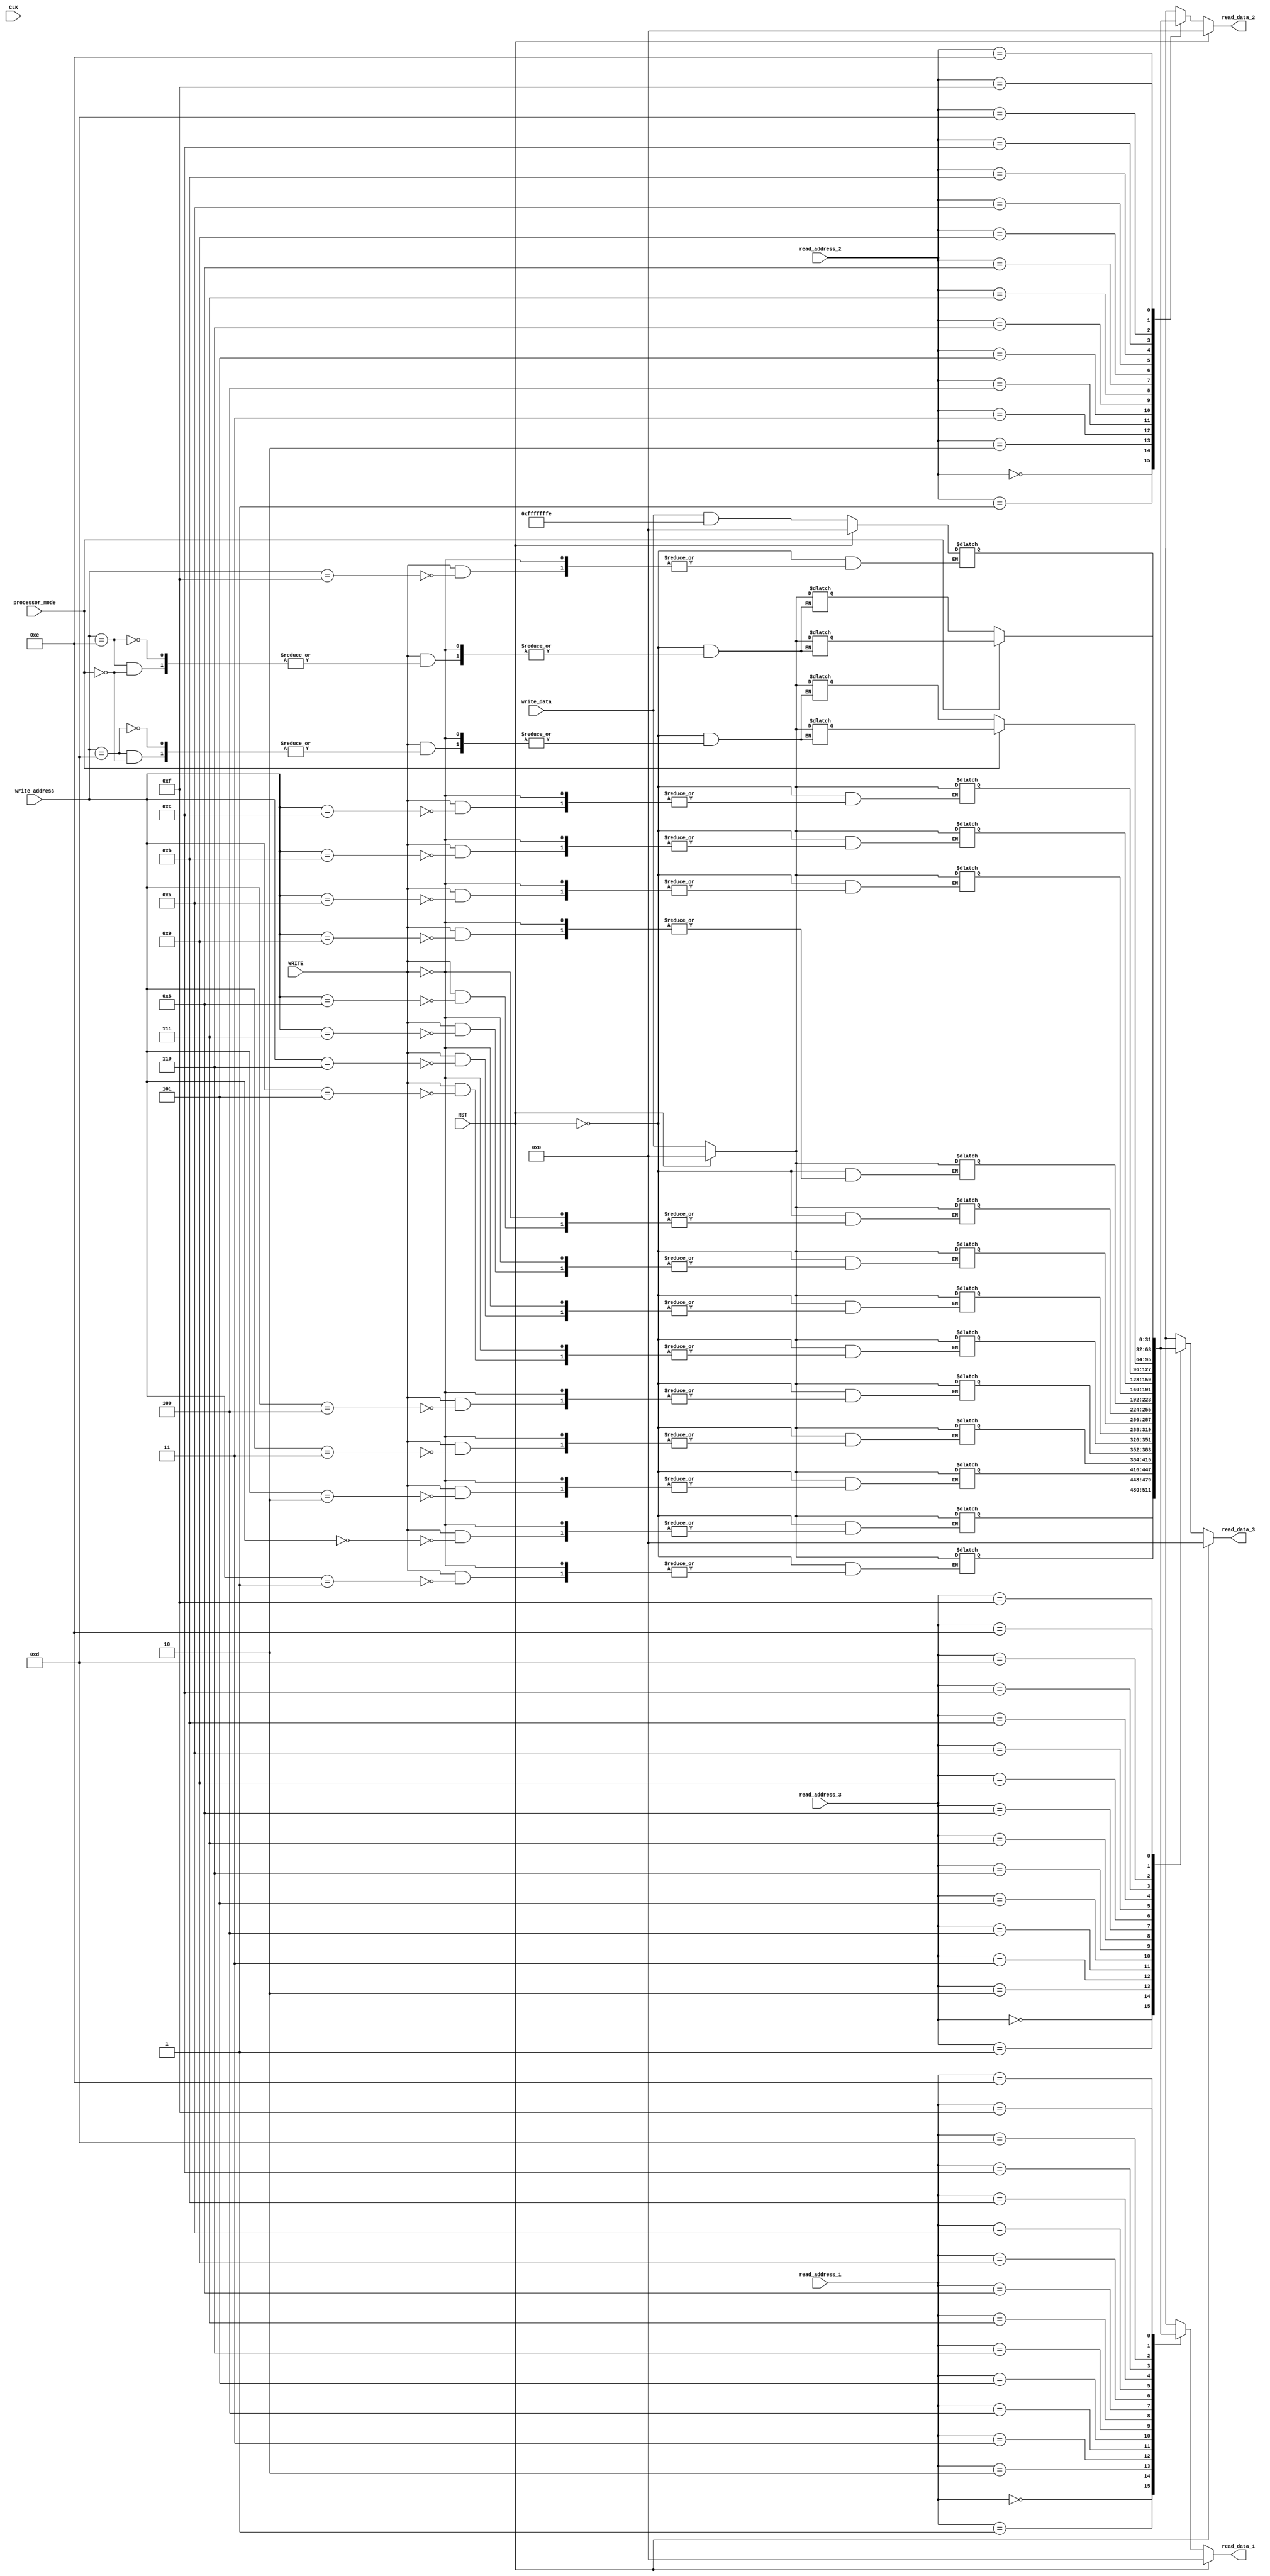
`timescale 1ns / 1ps
module register_file(
	input  CLK,			           // CLOCK
	input  RST,			           // SYSTEM RESET
	input  WRITE,			       // Write Enable Signal
	input  processor_mode,		   // Determines Processor's mode ( User or Supervisor )
	input  [3:0]  read_address_1,  // First Read Port
	input  [3:0]  read_address_2,  // Second Read Port
	input  [3:0]  read_address_3,  // Third Read Port
	input  [3:0]  write_address,   // Write port
	input  [31:0] write_data,	   // Write data
	output reg [31:0] read_data_1, // Data from read_1
	output reg [31:0] read_data_2, // Data from read_2
	output reg [31:0] read_data_3  // Data from read_3
	);
	localparam S0 = 4'h0,
	           S1 = 4'h1,
	           S2 = 4'h2,
	           S3 = 4'h3,
	           S4 = 4'h4,
	           S5 = 4'h5,
	           S6 = 4'h6,
	           S7 = 4'h7,
	           S8 = 4'h8,
	           S9 = 4'h9,
	           S10= 4'ha,
	           S11= 4'hb,
	           S12= 4'hc,
	           S13= 4'hd,
	           S14= 4'he,
	           S15= 4'hf;
// ====================================================================================
// 				Parameters, Register, and Wires
// ====================================================================================
	reg [31:0] unbanked_registers_0;	// The physical register refered to each of them is the same
	reg [31:0] unbanked_registers_1;	// in all processor modes.
	reg [31:0] unbanked_registers_2;
	reg [31:0] unbanked_registers_3;
	reg [31:0] unbanked_registers_4;
	reg [31:0] unbanked_registers_5;
	reg [31:0] unbanked_registers_6;
	reg [31:0] unbanked_registers_7;

	reg [31:0] banked_registers_0;		// The physical register refered to each of them depends
	reg [31:0] banked_registers_1;		// on the current processor mode. But we support only User and Supervisor
	reg [31:0] banked_registers_2;		// mode so this registers are the same for both modes.
	reg [31:0] banked_registers_3;
	reg [31:0] banked_registers_4;

	reg [31:0] R13;				// Register 13 for the User mode
	reg [31:0] R14;				// Register 14 for the User mode
	reg [31:0] R13_svc;			// Register 13 for the Supervisor mode
	reg [31:0] R14_svc;			// Register 14 for the Supervisor mode
	reg [31:0] PC;				// The program counter
//  ===================================================================================
// 					Implementation
//  ===================================================================================
	//-----------------------------------------------------------
	//	READ FIRST ADDRESS IN THE SECOND HALF OF THE PULSE
	//-----------------------------------------------------------
    always @ ( * ) begin
        if( RST )
            read_data_1 = 32'b0;
        else begin
            case(read_address_1)
                S0  : read_data_1 = unbanked_registers_0;
                S1  : read_data_1 = unbanked_registers_1;
                S2  : read_data_1 = unbanked_registers_2;
                S3  : read_data_1 = unbanked_registers_3;
                S4  : read_data_1 = unbanked_registers_4;
                S5  : read_data_1 = unbanked_registers_5;
                S6  : read_data_1 = unbanked_registers_6;
                S7  : read_data_1 = unbanked_registers_7;
                S8  : read_data_1 = banked_registers_0;
                S9  : read_data_1 = banked_registers_1;
                S10 : read_data_1 = banked_registers_2;
                S11 : read_data_1 = banked_registers_3;
                S12 : read_data_1 = banked_registers_4;
                S13 : read_data_1 = (processor_mode) ? R13 : R13_svc;
                S14 : read_data_1 = (processor_mode) ? R14 : R14_svc;
                S15 : read_data_1 = PC;
                default : read_data_1 = 32'b0;
            endcase
        end
    end
	//-----------------------------------------------------------
	//	READ SECOND ADDRESS IN THE SECOND HALF OF THE PULSE
	//-----------------------------------------------------------
	always @ ( * ) begin
        if( RST )
            read_data_2 = 32'b0;
        else begin
            case(read_address_2)
                S0  : read_data_2 = unbanked_registers_0;
                S1  : read_data_2 = unbanked_registers_1;
                S2  : read_data_2 = unbanked_registers_2;
                S3  : read_data_2 = unbanked_registers_3;
                S4  : read_data_2 = unbanked_registers_4;
                S5  : read_data_2 = unbanked_registers_5;
                S6  : read_data_2 = unbanked_registers_6;
                S7  : read_data_2 = unbanked_registers_7;
                S8  : read_data_2 = banked_registers_0;
                S9  : read_data_2 = banked_registers_1;
                S10 : read_data_2 = banked_registers_2;
                S11 : read_data_2 = banked_registers_3;
                S12 : read_data_2 = banked_registers_4;
                S13 : read_data_2 = processor_mode ? R13 : R13_svc;
                S14 : read_data_2 = processor_mode ? R14 : R14_svc;
                S15 : read_data_2 = PC;
                default : read_data_2 = 32'b0;
            endcase
        end
    end
	//-------------------------------------------------------------
	//	READ THIRD ADDRESS IN THE SECOND HALF OF THE PULSE
	//-------------------------------------------------------------
	always @ ( * ) begin
        if( RST )
            read_data_3 = 32'b0;
        else begin
            case(read_address_3)
                S0  : read_data_3 = unbanked_registers_0;
                S1  : read_data_3 = unbanked_registers_1;
                S2  : read_data_3 = unbanked_registers_2;
                S3  : read_data_3 = unbanked_registers_3;
                S4  : read_data_3 = unbanked_registers_4;
                S5  : read_data_3 = unbanked_registers_5;
                S6  : read_data_3 = unbanked_registers_6;
                S7  : read_data_3 = unbanked_registers_7;
                S8  : read_data_3 = banked_registers_0;
                S9  : read_data_3 = banked_registers_1;
                S10 : read_data_3 = banked_registers_2;
                S11 : read_data_3 = banked_registers_3;
                S12 : read_data_3 = banked_registers_4;
                S13 : read_data_3 = processor_mode ? R13 : R13_svc;
                S14 : read_data_3 = processor_mode ? R14 : R14_svc;
                S15 : read_data_3 = PC;
                default : read_data_3 = 32'b0;
            endcase
        end
    end
	//-----------------------------------------------------------
	//	WRITE DATA IN THE FIRST HALF OF THE PULSE
	//-----------------------------------------------------------
	always @ ( * ) begin
        if( RST ) begin
            unbanked_registers_0 <= 32'b0;
            unbanked_registers_1 <= 32'b0;
            unbanked_registers_2 <= 32'b0;
            unbanked_registers_3 <= 32'b0;
            unbanked_registers_4 <= 32'b0;
            unbanked_registers_5 <= 32'b0;
            unbanked_registers_6 <= 32'b0;
            unbanked_registers_7 <= 32'b0;
            banked_registers_0 <= 32'b0;
            banked_registers_1 <= 32'b0;
            banked_registers_2 <= 32'b0;
            banked_registers_3 <= 32'b0;
            banked_registers_4 <= 32'b0;
            R13 <= 32'b0;
            R14 <= 32'b0;
            R13_svc <= 32'b0;
            R14_svc <= 32'b0;
            PC <= 32'b0;
        end
        else if ( WRITE ) begin
            case(write_address)
                S0  : unbanked_registers_0 <= write_data;
                S1  : unbanked_registers_1 <= write_data;
                S2  : unbanked_registers_2 <= write_data;
                S3  : unbanked_registers_3 <= write_data;
                S4  : unbanked_registers_4 <= write_data;
                S5  : unbanked_registers_5 <= write_data;
                S6  : unbanked_registers_6 <= write_data;
                S7  : unbanked_registers_7 <= write_data;
                S8  : banked_registers_0   <= write_data;
                S9  : banked_registers_1   <= write_data;
                S10 : banked_registers_2   <= write_data;
                S11 : banked_registers_3   <= write_data;
                S12 : banked_registers_4   <= write_data;
                S13 : begin
                    R13     <= processor_mode ? write_data : R13;
                    R13_svc <= processor_mode ? write_data : R13_svc;
                end
                S14 : begin
                    R14     <= processor_mode ? write_data : R14;
                    R14_svc <= processor_mode ? write_data : R14_svc;
                end
                S15 : PC <= (write_data & 32'hfffffffe);
                default : read_data_3 <= 32'b0;
            endcase
        end				
    end
endmodule